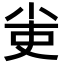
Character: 𡭭